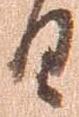
日